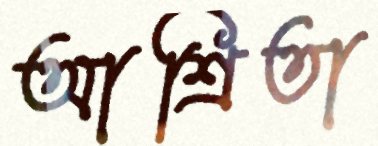
আশ্রিতা